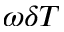
\omega \delta T